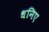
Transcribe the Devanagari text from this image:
धनिए